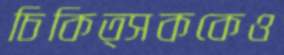
চিকিত্সককেও